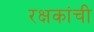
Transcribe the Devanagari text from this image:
रक्षकांची